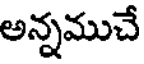
అన్నముచే